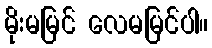
မိုးမမြင် လေမမြင်ပါ။